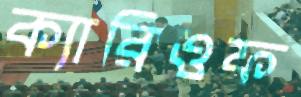
ক্যারিওফ